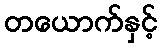
တယောက်နှင့်